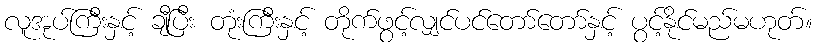
လူအုပ်ကြီးနှင့် ချီပြီး တုံးကြီးနှင့် တိုက်ဖွင့်လျှင်ပင်တော်တော်နှင့် ပွင့်နိုင်မည်မဟုတ်။